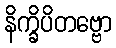
နိက္ခိပိတဗ္ဗော